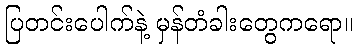
ပြတင်းပေါက်နဲ့ မှန်တံခါးတွေကရော။